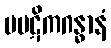
ပပဋိကဂန္ဓာနံ